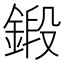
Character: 鍛